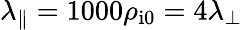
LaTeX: \lambda_{\parallel}=1000\rho_{\mathrm{i0}}=4\lambda_{\perp}